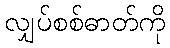
လျှပ်စစ်ဓာတ်ကို